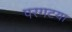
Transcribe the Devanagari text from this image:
परगटया